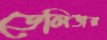
ডেলিভার